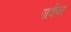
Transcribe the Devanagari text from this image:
पार्कन